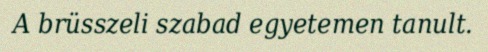
A brüsszeli szabad egyetemen tanult.